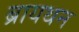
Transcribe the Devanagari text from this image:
ब्रायथन